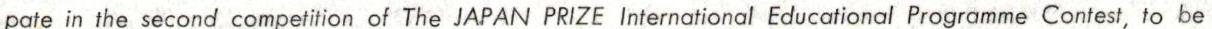
pate in the second competition of The JAPAN PRIZE International Educational Programme Contest,to be